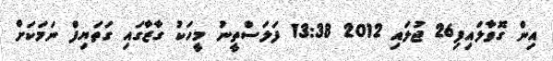
އިން ގޮވާލައިފި26 ޖުލައި 2012 13:38 ފަލަސްތީނު މީހަކު ގާޒާގައި ގަތަޔިފް ނަމަކަށް